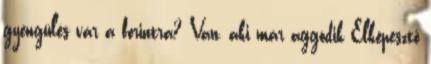
gyengülés vár a forintra? Van, aki már aggódik Elképesztő